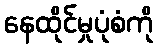
နေထိုင်မှုပုံစံကို